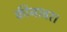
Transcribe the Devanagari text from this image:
कीनावर।